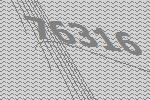
76316